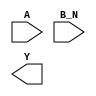
module sky130_fd_sc_ms__nor2b (
    //# {{data|Data Signals}}
    input  A  ,
    input  B_N,
    output Y
);

    // Voltage supply signals
    supply1 VPWR;
    supply0 VGND;
    supply1 VPB ;
    supply0 VNB ;

endmodule